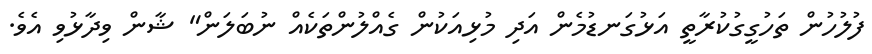
ފުލުހުން ތަހުގީގުކުރާތީ އަޅުގަނޑުމެން އަދި މުޅިއަކުން ގެއްލުންތަކެއް ނުބަލަން" ޝާން ވިދާޅުވި އެވެ.